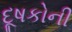
દૂષકોની